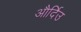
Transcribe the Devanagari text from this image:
और्दिउ